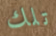
تلك